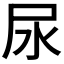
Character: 尿